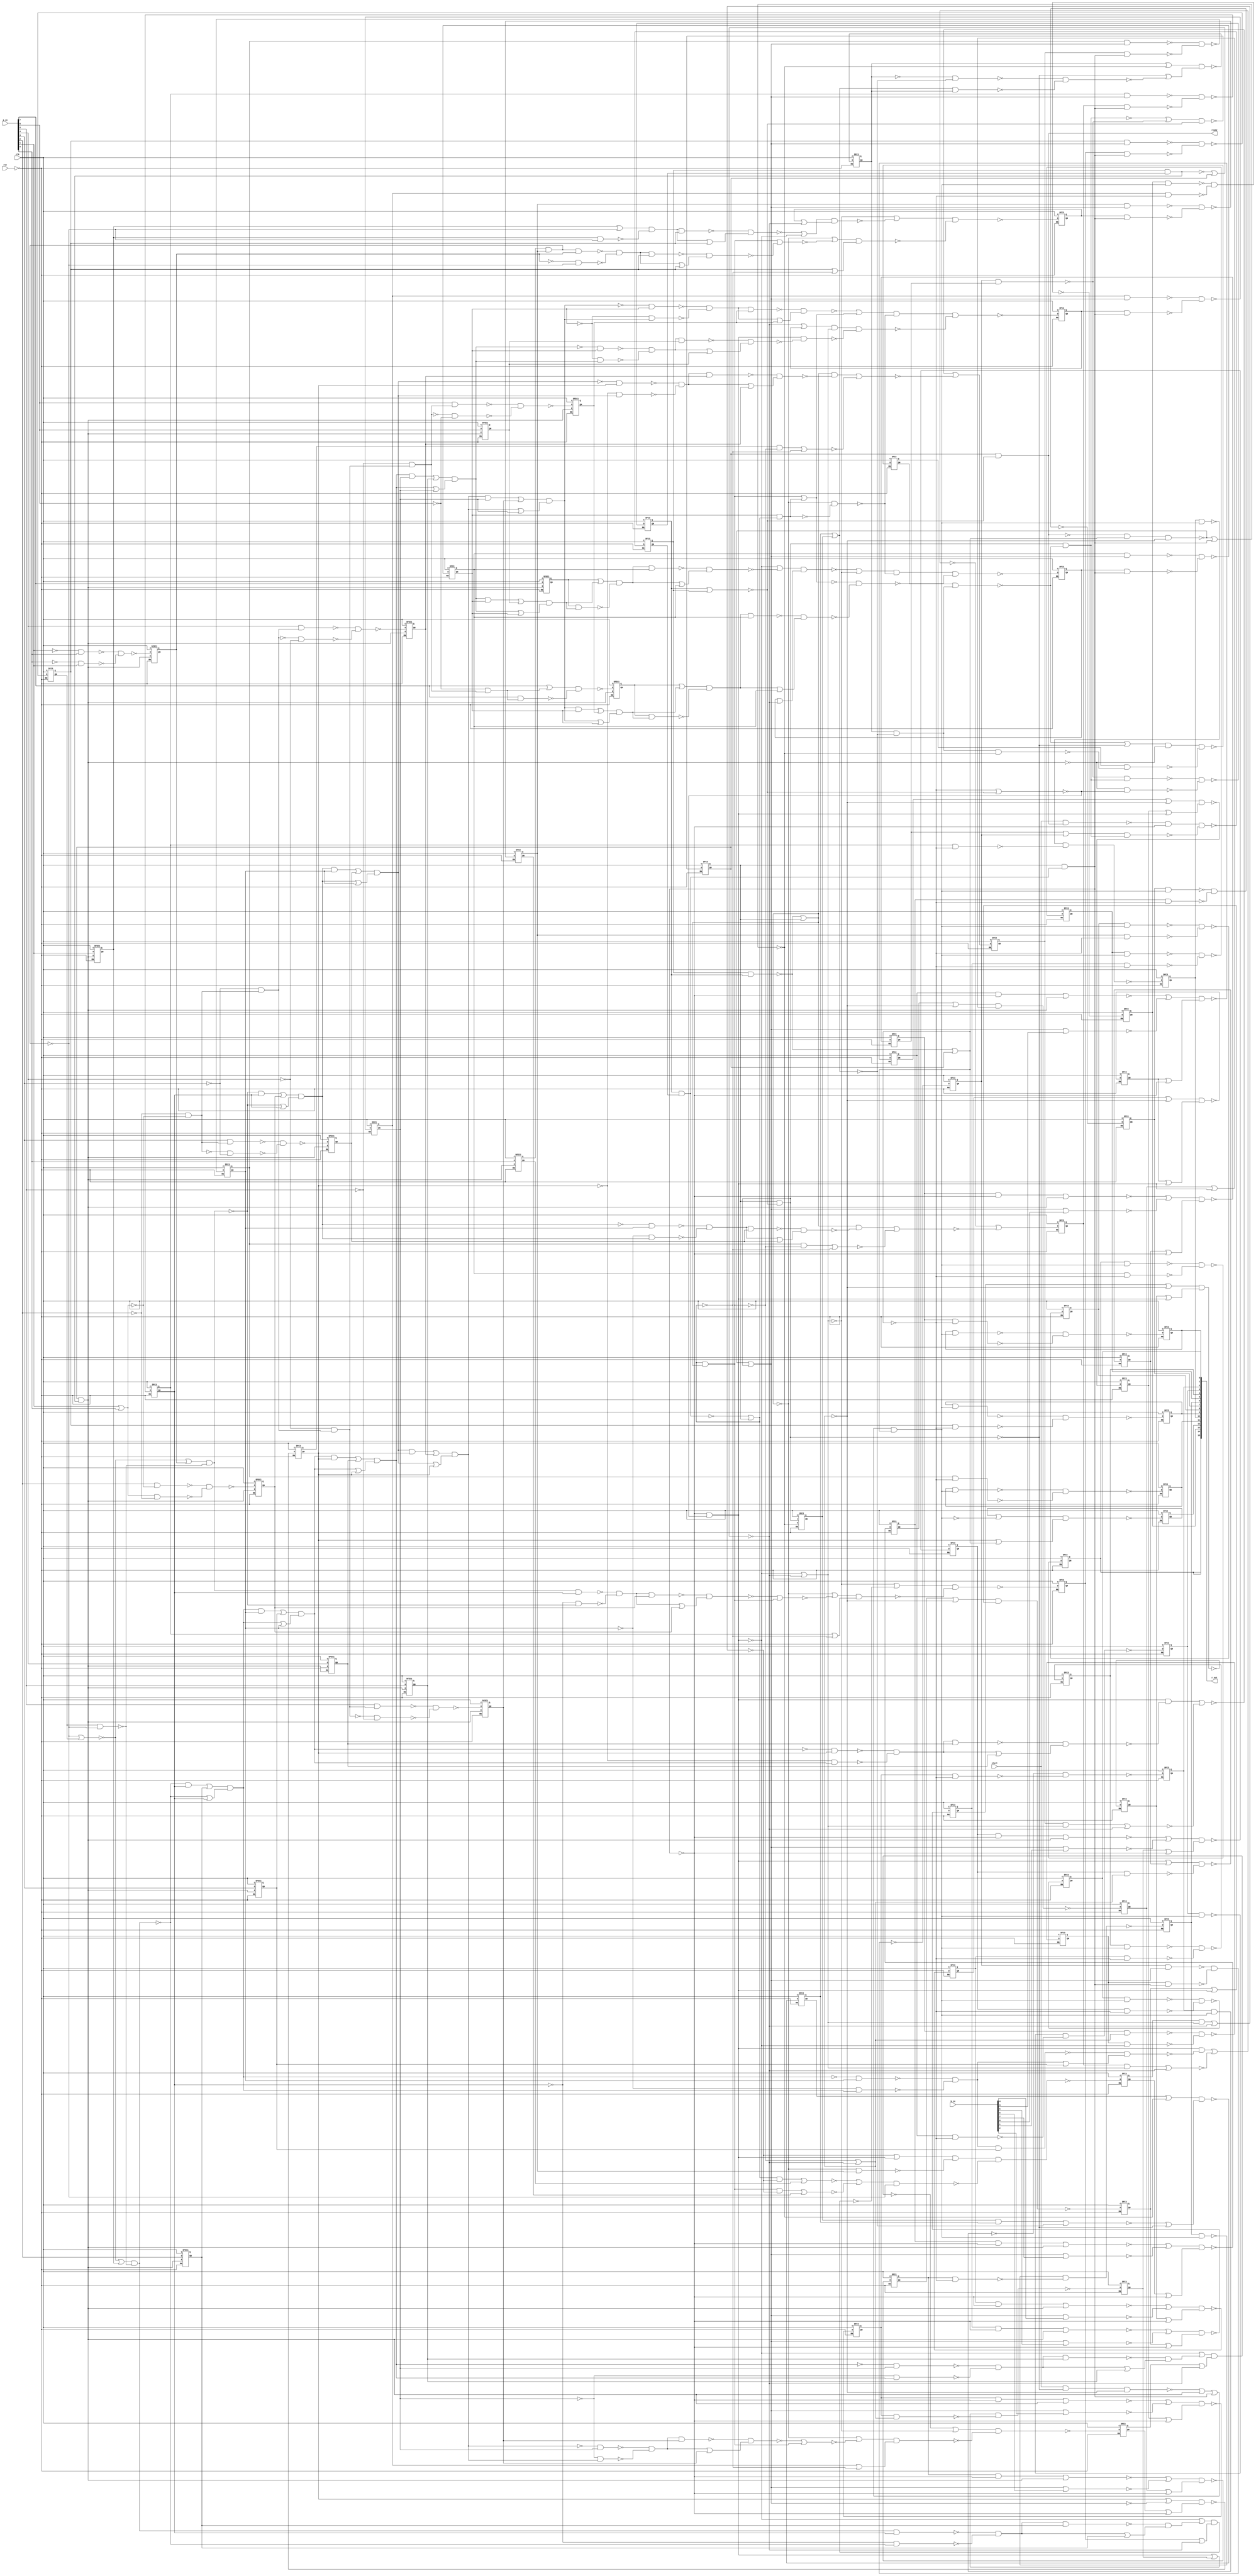

// Generated by Cadence Genus(TM) Synthesis Solution 19.11-s087_1
// Generated on: Jun  1 2021 16:31:47 CEST (Jun  1 2021 14:31:47 UTC)

// Verification Directory fv/booth_multiply 

module booth_multiply(clk, rst, a_in, b_in, r_out, start, ready);
  input clk, rst, start;
  input [7:0] a_in, b_in;
  output [15:0] r_out;
  output ready;
  wire clk, rst, start;
  wire [7:0] a_in, b_in;
  wire [15:0] r_out;
  wire ready;
  wire [16:0] temp_reg;
  wire [16:0] P_reg;
  wire [16:0] A_reg;
  wire [16:0] S_reg;
  wire [3:0] i_reg;
  wire [2:0] state_reg;
  wire UNCONNECTED, UNCONNECTED0, UNCONNECTED1, UNCONNECTED2,
       UNCONNECTED3, UNCONNECTED4, UNCONNECTED5, UNCONNECTED6;
  wire UNCONNECTED7, UNCONNECTED8, UNCONNECTED9, UNCONNECTED10,
       UNCONNECTED11, UNCONNECTED12, UNCONNECTED13, UNCONNECTED14;
  wire UNCONNECTED15, UNCONNECTED16, UNCONNECTED17, UNCONNECTED18,
       UNCONNECTED19, UNCONNECTED20, UNCONNECTED21, UNCONNECTED22;
  wire UNCONNECTED23, UNCONNECTED24, UNCONNECTED25, UNCONNECTED26,
       UNCONNECTED27, UNCONNECTED28, UNCONNECTED29, UNCONNECTED30;
  wire UNCONNECTED31, UNCONNECTED32, UNCONNECTED33, UNCONNECTED34,
       UNCONNECTED35, UNCONNECTED36, UNCONNECTED37, UNCONNECTED38;
  wire UNCONNECTED39, n_0, n_1, n_2, n_3, n_4, n_5, n_6;
  wire n_7, n_8, n_9, n_10, n_11, n_12, n_13, n_14;
  wire n_15, n_16, n_17, n_18, n_19, n_20, n_21, n_22;
  wire n_23, n_24, n_25, n_26, n_27, n_28, n_29, n_30;
  wire n_31, n_32, n_33, n_34, n_35, n_36, n_37, n_38;
  wire n_39, n_40, n_41, n_42, n_44, n_45, n_46, n_47;
  wire n_49, n_50, n_51, n_52, n_53, n_54, n_55, n_56;
  wire n_57, n_58, n_59, n_60, n_61, n_62, n_63, n_64;
  wire n_65, n_66, n_67, n_68, n_69, n_70, n_71, n_72;
  wire n_73, n_74, n_75, n_76, n_77, n_78, n_79, n_80;
  wire n_81, n_82, n_83, n_84, n_85, n_86, n_87, n_88;
  wire n_89, n_90, n_91, n_92, n_93, n_94, n_95, n_96;
  wire n_97, n_98, n_99, n_100, n_101, n_102, n_103, n_104;
  wire n_105, n_106, n_107, n_108, n_109, n_110, n_111, n_112;
  wire n_113, n_114, n_115, n_116, n_117, n_118, n_119, n_120;
  wire n_121, n_122, n_123, n_124, n_125, n_126, n_127, n_128;
  wire n_129, n_130, n_131, n_132, n_133, n_134, n_135, n_136;
  wire n_137, n_138, n_139, n_140, n_141, n_142, n_143, n_144;
  wire n_145, n_146, n_147, n_148, n_149, n_150, n_151, n_152;
  wire n_153, n_154, n_155, n_156, n_157, n_158, n_159, n_160;
  wire n_161, n_162, n_163, n_164, n_165, n_166, n_167, n_168;
  wire n_169, n_170, n_171, n_172, n_173, n_174, n_175, n_176;
  wire n_177, n_178, n_179, n_180, n_181, n_182, n_183, n_184;
  wire n_185, n_186, n_187, n_188, n_189, n_190, n_191, n_192;
  wire n_193, n_194, n_195, n_196, n_197, n_198, n_199, n_200;
  wire n_201, n_202, n_203, n_204, n_205, n_206, n_207, n_208;
  wire n_209, n_210, n_211, n_212, n_213, n_214, n_215, n_216;
  wire n_217, n_218, n_219, n_220, n_221, n_222, n_223, n_224;
  wire n_225, n_226, n_227, n_228, n_229, n_230, n_231, n_232;
  wire n_233, n_234, n_235, n_236, n_237, n_238, n_239, n_240;
  wire n_241, n_242, n_243, n_244, n_245, n_246, n_247, n_248;
  wire n_249, n_250, n_251, n_252, n_253, n_273;
  assign r_out[14] = r_out[15];
  DFC3 \temp_reg_reg[16] (.RN (n_252), .C (clk), .D (n_253), .Q
       (temp_reg[16]), .QN (UNCONNECTED));
  wire w;
  nand g8135 (n_253, w, n_249, n_248);
  or g (w, n_251, n_241);
  DFC3 \temp_reg_reg[15] (.RN (n_252), .C (clk), .D (n_250), .Q
       (temp_reg[15]), .QN (UNCONNECTED0));
  wire w0, w1;
  nand g8139 (n_251, w0, w1);
  or g1 (w1, temp_reg[16], n_246);
  or g0 (w0, n_233, n_245);
  wire w2;
  nand g8137 (n_250, w2, n_249, n_247);
  or g3 (w2, n_240, n_76);
  nand g8140 (n_248, n_75, n_244);
  wire w3;
  nand g8141 (n_247, w3, n_98, n_243);
  or g4 (w3, n_246, temp_reg[15]);
  wire w4, w5, w6, w7, w8, w9, w10;
  nand g8144 (n_245, w6, w10);
  or g11 (w10, w9, P_reg[15]);
  and g10 (w9, w7, w8);
  nand g9 (w8, A_reg[16], n_237);
  or g8 (w7, A_reg[16], n_237);
  nand g7 (w6, w4, w5, P_reg[15]);
  nand g6 (w5, A_reg[16], n_237);
  or g5 (w4, A_reg[16], n_237);
  wire w11, w12, w13, w14, w15, w16, w17;
  nand g8145 (n_244, w13, w17);
  or g18 (w17, w16, P_reg[15]);
  and g17 (w16, w14, w15);
  nand g16 (w15, S_reg[16], n_239);
  or g15 (w14, S_reg[16], n_239);
  nand g14 (w13, w11, w12, P_reg[15]);
  nand g13 (w12, S_reg[16], n_239);
  or g12 (w11, S_reg[16], n_239);
  DFC3 \temp_reg_reg[14] (.RN (n_252), .C (clk), .D (n_242), .Q
       (temp_reg[14]), .QN (n_11));
  nand g8146 (n_243, n_223, n_238);
  wire w18;
  nand g8147 (n_242, w18, n_235);
  or g19 (w18, n_234, n_241);
  wire w19, w20, w21, w22, w23, w24, w25, w26;
  wire w27, w28, w29, w30, w31, w32;
  nand g34 (n_240, w26, w32);
  or g33 (w32, w31, n_1);
  and g32 (w31, w28, w30);
  nand g31 (w30, w29, n_227);
  not g30 (w29, n_236);
  nand g29 (w28, w27, n_236);
  not g28 (w27, n_227);
  nand g27 (w26, w23, w25, n_1);
  nand g26 (w25, w24, n_227);
  not g25 (w24, n_236);
  nand g24 (w23, w22, n_236);
  not g23 (w22, n_227);
  and g8149 (n_239, w20, w21);
  or g22 (w21, n_227, n_236);
  or g21 (w20, w19, n_1);
  and g20 (w19, n_227, n_236);
  wire w33, w34, w35, w36, w37, w38, w39, w40;
  wire w41, w42, w43, w44, w45, w46;
  nand g49 (n_238, w40, w46);
  or g48 (w46, w45, A_reg[15]);
  and g47 (w45, w42, w44);
  nand g46 (w44, w43, n_229);
  not g45 (w43, n_236);
  nand g44 (w42, w41, n_236);
  not g43 (w41, n_229);
  nand g42 (w40, w37, w39, A_reg[15]);
  nand g41 (w39, w38, n_229);
  not g40 (w38, n_236);
  nand g39 (w37, w36, n_236);
  not g38 (w36, n_229);
  and g8150 (n_237, w34, w35);
  or g37 (w35, n_229, n_236);
  or g36 (w34, w33, A_reg[15]);
  and g35 (w33, n_229, n_236);
  wire w47, w48;
  nand g8151 (n_235, w47, w48);
  or g51 (w48, n_162, n_150);
  or g50 (w47, n_151, n_232);
  wire w49, w50;
  nand g8154 (n_234, w49, w50);
  or g53 (w50, temp_reg[14], n_246);
  or g52 (w49, n_233, n_231);
  nor g8156 (n_232, n_228, n_130);
  DFC3 \temp_reg_reg[13] (.RN (n_252), .C (clk), .D (n_226), .Q
       (temp_reg[13]), .QN (UNCONNECTED1));
  not g8157 (n_231, n_230);
  wire w51, w52, w53, w54, w55, w56, w57, w58;
  wire w59, w60, w61, w62, w63, w64;
  nand g68 (n_230, w58, w64);
  or g67 (w64, w63, A_reg[14]);
  and g66 (w63, w60, w62);
  nand g65 (w62, w61, n_218);
  not g64 (w61, P_reg[14]);
  nand g63 (w60, w59, P_reg[14]);
  not g62 (w59, n_218);
  nand g61 (w58, w55, w57, A_reg[14]);
  nand g60 (w57, w56, n_218);
  not g59 (w56, P_reg[14]);
  nand g58 (w55, w54, P_reg[14]);
  not g57 (w54, n_218);
  and g8158 (n_229, w52, w53);
  or g56 (w53, n_218, P_reg[14]);
  or g55 (w52, w51, A_reg[14]);
  and g54 (w51, n_218, P_reg[14]);
  wire w65, w66, w67, w68, w69, w70, w71, w72;
  wire w73, w74, w75, w76, w77, w78;
  nand g83 (n_228, w72, w78);
  or g82 (w78, w77, n_2);
  and g81 (w77, w74, w76);
  nand g80 (w76, w75, n_220);
  not g79 (w75, P_reg[14]);
  nand g78 (w74, w73, P_reg[14]);
  not g77 (w73, n_220);
  nand g76 (w72, w69, w71, n_2);
  nand g75 (w71, w70, n_220);
  not g74 (w70, P_reg[14]);
  nand g73 (w69, w68, P_reg[14]);
  not g72 (w68, n_220);
  and g8159 (n_227, w66, w67);
  or g71 (w67, n_220, P_reg[14]);
  or g70 (w66, w65, n_2);
  and g69 (w65, n_220, P_reg[14]);
  not g8160 (n_226, n_225);
  nor g8161 (n_225, n_224, n_222);
  DFEC1 \S_reg_reg[16] (.RN (n_252), .C (clk), .D (n_215), .E (n_217),
       .Q (S_reg[16]), .QN (UNCONNECTED2));
  wire w79;
  nor g8164 (n_224, w79, n_99);
  and g84 (w79, n_223, n_219);
  wire w80;
  nor g8165 (n_222, w80, n_71);
  and g85 (w80, n_212, n_221);
  DFC3 \temp_reg_reg[12] (.RN (n_252), .C (clk), .D (n_216), .Q
       (temp_reg[12]), .QN (UNCONNECTED3));
  wire w81, w82, w83, w84, w85, w86, w87, w88;
  wire w89, w90, w91, w92, w93, w94;
  nand g100 (n_221, w88, w94);
  or g99 (w94, w93, n_21);
  and g98 (w93, w90, w92);
  nand g97 (w92, w91, n_190);
  not g96 (w91, P_reg[13]);
  nand g95 (w90, w89, P_reg[13]);
  not g94 (w89, n_190);
  nand g93 (w88, w85, w87, n_21);
  nand g92 (w87, w86, n_190);
  not g91 (w86, P_reg[13]);
  nand g90 (w85, w84, P_reg[13]);
  not g89 (w84, n_190);
  and g8170 (n_220, w82, w83);
  or g88 (w83, n_190, P_reg[13]);
  or g87 (w82, w81, n_21);
  and g86 (w81, n_190, P_reg[13]);
  wire w95, w96, w97, w98, w99, w100, w101, w102;
  wire w103, w104, w105, w106, w107, w108;
  nand g115 (n_219, w102, w108);
  or g114 (w108, w107, A_reg[13]);
  and g113 (w107, w104, w106);
  nand g112 (w106, w105, n_188);
  not g111 (w105, P_reg[13]);
  nand g110 (w104, w103, P_reg[13]);
  not g109 (w103, n_188);
  nand g108 (w102, w99, w101, A_reg[13]);
  nand g107 (w101, w100, n_188);
  not g106 (w100, P_reg[13]);
  nand g105 (w99, w98, P_reg[13]);
  not g104 (w98, n_188);
  and g8169 (n_218, w96, w97);
  or g103 (w97, n_188, P_reg[13]);
  or g102 (w96, w95, A_reg[13]);
  and g101 (w95, n_188, P_reg[13]);
  DFEC1 \S_reg_reg[15] (.RN (n_252), .C (clk), .D (n_209), .E (n_217),
       .Q (S_reg[15]), .QN (n_1));
  not g8168 (n_216, n_214);
  wire w109, w110;
  nand g8148 (n_215, w109, w110);
  nand g117 (w110, a_in[7], n_208);
  or g116 (w109, a_in[7], n_208);
  nor g8171 (n_214, n_210, n_213);
  DFC3 \temp_reg_reg[9] (.RN (n_252), .C (clk), .D (n_211), .Q
       (temp_reg[9]), .QN (n_8));
  DFC3 \r_reg_reg[1] (.RN (n_252), .C (clk), .D (n_203), .Q (r_out[1]),
       .QN (UNCONNECTED4));
  DFC3 \temp_reg_reg[11] (.RN (n_252), .C (clk), .D (n_206), .Q
       (temp_reg[11]), .QN (UNCONNECTED5));
  DFC3 \r_reg_reg[2] (.RN (n_252), .C (clk), .D (n_207), .Q (r_out[2]),
       .QN (UNCONNECTED6));
  DFC3 \r_reg_reg[3] (.RN (n_252), .C (clk), .D (n_196), .Q (r_out[3]),
       .QN (UNCONNECTED7));
  DFC3 \r_reg_reg[4] (.RN (n_252), .C (clk), .D (n_192), .Q (r_out[4]),
       .QN (UNCONNECTED8));
  DFC3 \r_reg_reg[6] (.RN (n_252), .C (clk), .D (n_198), .Q (r_out[6]),
       .QN (UNCONNECTED9));
  DFC3 \r_reg_reg[7] (.RN (n_252), .C (clk), .D (n_197), .Q (r_out[7]),
       .QN (UNCONNECTED10));
  DFC3 \r_reg_reg[8] (.RN (n_252), .C (clk), .D (n_202), .Q (r_out[8]),
       .QN (UNCONNECTED11));
  DFC3 \i_reg_reg[3] (.RN (n_252), .C (clk), .D (n_205), .Q (i_reg[3]),
       .QN (n_6));
  wire w111;
  nor g8178 (n_213, w111, n_74);
  and g118 (w111, n_212, n_191);
  wire w112;
  nand g8172 (n_211, w112, n_273, n_170);
  or g119 (w112, n_131, n_223);
  wire w113;
  nor g8177 (n_210, w113, n_94);
  and g120 (w113, n_223, n_189);
  DFC3 \r_reg_reg[0] (.RN (n_252), .C (clk), .D (n_204), .Q (r_out[0]),
       .QN (UNCONNECTED12));
  DFC3 \r_reg_reg[10] (.RN (n_252), .C (clk), .D (n_194), .Q
       (r_out[10]), .QN (UNCONNECTED13));
  DFC3 \r_reg_reg[13] (.RN (n_252), .C (clk), .D (n_200), .Q
       (r_out[13]), .QN (UNCONNECTED14));
  DFC3 \r_reg_reg[11] (.RN (n_252), .C (clk), .D (n_193), .Q
       (r_out[11]), .QN (UNCONNECTED15));
  DFC3 \r_reg_reg[5] (.RN (n_252), .C (clk), .D (n_199), .Q (r_out[5]),
       .QN (UNCONNECTED16));
  DFC3 \r_reg_reg[9] (.RN (n_252), .C (clk), .D (n_195), .Q (r_out[9]),
       .QN (UNCONNECTED17));
  DFC3 \r_reg_reg[15] (.RN (n_252), .C (clk), .D (n_201), .Q
       (r_out[15]), .QN (UNCONNECTED18));
  wire w114, w115, w116, w117;
  nand g125 (n_209, w115, w117);
  nand g124 (w117, w116, n_4);
  not g123 (w116, n_147);
  nand g122 (w115, w114, n_147);
  not g121 (w114, n_4);
  and g8152 (n_208, n_4, n_147);
  DFEC1 \S_reg_reg[14] (.RN (n_252), .C (clk), .D (n_148), .E (n_217),
       .Q (S_reg[14]), .QN (n_2));
  DFC3 \P_reg_reg[5] (.RN (n_252), .C (clk), .D (n_176), .Q (P_reg[5]),
       .QN (n_23));
  DFC3 \P_reg_reg[8] (.RN (n_252), .C (clk), .D (n_166), .Q (P_reg[8]),
       .QN (n_20));
  DFC3 \P_reg_reg[2] (.RN (n_252), .C (clk), .D (n_171), .Q (P_reg[2]),
       .QN (UNCONNECTED19));
  DFC3 \P_reg_reg[4] (.RN (n_252), .C (clk), .D (n_177), .Q (P_reg[4]),
       .QN (n_10));
  DFC3 \P_reg_reg[3] (.RN (n_252), .C (clk), .D (n_169), .Q (P_reg[3]),
       .QN (UNCONNECTED20));
  DFC3 \P_reg_reg[7] (.RN (n_252), .C (clk), .D (n_173), .Q (P_reg[7]),
       .QN (n_14));
  DFC3 \P_reg_reg[6] (.RN (n_252), .C (clk), .D (n_174), .Q (P_reg[6]),
       .QN (n_13));
  DFC3 \P_reg_reg[1] (.RN (n_252), .C (clk), .D (n_165), .Q (P_reg[1]),
       .QN (n_27));
  not g8209 (n_207, n_168);
  wire w118;
  nand g8195 (n_206, w118, n_152);
  or g126 (w118, n_241, n_136);
  wire w119;
  nand g8194 (n_205, w119, n_96, n_145);
  or g127 (w119, n_66, n_133);
  not g8211 (n_204, n_172);
  not g8210 (n_203, n_167);
  DFC3 \P_reg_reg[14] (.RN (n_252), .C (clk), .D (n_149), .Q (n_162),
       .QN (P_reg[14]));
  DFC3 \P_reg_reg[0] (.RN (n_252), .C (clk), .D (n_154), .Q (P_reg[0]),
       .QN (UNCONNECTED21));
  DFC3 \P_reg_reg[12] (.RN (n_252), .C (clk), .D (n_156), .Q
       (P_reg[12]), .QN (n_187));
  DFC3 \P_reg_reg[11] (.RN (n_252), .C (clk), .D (n_153), .Q
       (P_reg[11]), .QN (n_100));
  DFC3 \P_reg_reg[15] (.RN (n_252), .C (clk), .D (n_155), .Q
       (P_reg[15]), .QN (n_236));
  DFC3 \P_reg_reg[9] (.RN (n_252), .C (clk), .D (n_157), .Q (P_reg[9]),
       .QN (n_7));
  DFC3 \P_reg_reg[10] (.RN (n_252), .C (clk), .D (n_159), .Q
       (P_reg[10]), .QN (n_36));
  not g8237 (n_202, n_185);
  not g8242 (n_201, n_178);
  not g8233 (n_200, n_163);
  not g8234 (n_199, n_161);
  not g8235 (n_198, n_160);
  not g8236 (n_197, n_179);
  not g8212 (n_196, n_164);
  not g8238 (n_195, n_182);
  not g8239 (n_194, n_181);
  not g8240 (n_193, n_180);
  not g8241 (n_192, n_186);
  DFC3 \r_reg_reg[12] (.RN (n_252), .C (clk), .D (n_158), .Q
       (r_out[12]), .QN (n_12));
  wire w120, w121, w122, w123, w124, w125, w126, w127;
  wire w128, w129, w130, w131, w132, w133;
  nand g142 (n_191, w127, w133);
  or g141 (w133, w132, n_5);
  and g140 (w132, w129, w131);
  nand g139 (w131, w130, n_101);
  not g138 (w130, n_187);
  nand g137 (w129, w128, n_187);
  not g136 (w128, n_101);
  nand g135 (w127, w124, w126, n_5);
  nand g134 (w126, w125, n_101);
  not g133 (w125, n_187);
  nand g132 (w124, w123, n_187);
  not g131 (w123, n_101);
  and g8213 (n_190, w121, w122);
  or g130 (w122, n_101, n_187);
  or g129 (w121, w120, n_5);
  and g128 (w120, n_101, n_187);
  wire w134, w135, w136, w137, w138, w139, w140, w141;
  wire w142, w143, w144, w145, w146, w147;
  nand g157 (n_189, w141, w147);
  or g156 (w147, w146, A_reg[12]);
  and g155 (w146, w143, w145);
  nand g154 (w145, w144, n_103);
  not g153 (w144, n_187);
  nand g152 (w143, w142, n_187);
  not g151 (w142, n_103);
  nand g150 (w141, w138, w140, A_reg[12]);
  nand g149 (w140, w139, n_103);
  not g148 (w139, n_187);
  nand g147 (w138, w137, n_187);
  not g146 (w137, n_103);
  and g8214 (n_188, w135, w136);
  or g145 (w136, n_103, n_187);
  or g144 (w135, w134, A_reg[12]);
  and g143 (w134, n_103, n_187);
  wire w148, w149;
  and g8253 (n_186, w148, w149);
  nand g159 (w149, P_reg[5], n_183);
  nand g158 (w148, r_out[4], n_184);
  wire w150, w151;
  and g8248 (n_185, w150, w151);
  nand g161 (w151, P_reg[9], n_183);
  nand g160 (w150, r_out[8], n_184);
  wire w152, w153;
  and g8249 (n_182, w152, w153);
  nand g163 (w153, P_reg[10], n_183);
  nand g162 (w152, r_out[9], n_184);
  wire w154, w155;
  and g8250 (n_181, w154, w155);
  nand g165 (w155, P_reg[11], n_183);
  nand g164 (w154, r_out[10], n_184);
  wire w156, w157;
  and g8251 (n_180, w156, w157);
  nand g167 (w157, P_reg[12], n_183);
  nand g166 (w156, r_out[11], n_184);
  wire w158, w159;
  and g8247 (n_179, w158, w159);
  nand g169 (w159, P_reg[8], n_183);
  nand g168 (w158, r_out[7], n_184);
  wire w160, w161;
  and g8254 (n_178, w160, w161);
  nand g171 (w161, P_reg[15], n_183);
  nand g170 (w160, r_out[15], n_184);
  wire w162, w163;
  nand g8256 (n_177, w162, w163);
  or g173 (w163, temp_reg[5], n_175);
  or g172 (w162, n_60, n_125);
  wire w164, w165;
  nand g8257 (n_176, w164, w165);
  or g175 (w165, temp_reg[6], n_175);
  or g174 (w164, n_65, n_126);
  wire w166, w167;
  nand g8258 (n_174, w166, w167);
  or g177 (w167, temp_reg[7], n_175);
  or g176 (w166, n_61, n_124);
  wire w168, w169;
  nand g8259 (n_173, w168, w169);
  or g179 (w169, temp_reg[8], n_175);
  or g178 (w168, n_62, n_123);
  wire w170, w171;
  and g8218 (n_172, w170, w171);
  nand g181 (w171, P_reg[1], n_183);
  nand g180 (w170, r_out[0], n_184);
  wire w172, w173;
  nand g8261 (n_171, w172, w173);
  or g183 (w173, temp_reg[3], n_175);
  or g182 (w172, n_59, n_120);
  wire w174;
  nand g8197 (n_170, w174, n_49);
  or g184 (w174, n_129, n_132);
  wire w175, w176;
  nand g8262 (n_169, w175, w176);
  or g186 (w176, temp_reg[4], n_175);
  or g185 (w175, n_58, n_119);
  wire w177, w178;
  and g8216 (n_168, w177, w178);
  nand g188 (w178, P_reg[3], n_183);
  nand g187 (w177, r_out[2], n_184);
  wire w179, w180;
  and g8217 (n_167, w179, w180);
  nand g190 (w180, P_reg[2], n_183);
  nand g189 (w179, r_out[1], n_184);
  wire w181, w182;
  nand g8260 (n_166, w181, w182);
  or g192 (w182, n_8, n_175);
  or g191 (w181, n_57, n_122);
  wire w183, w184;
  nand g8219 (n_165, w183, w184);
  or g194 (w184, temp_reg[2], n_175);
  or g193 (w183, n_56, n_121);
  wire w185, w186;
  and g8221 (n_164, w185, w186);
  nand g196 (w186, P_reg[4], n_183);
  nand g195 (w185, r_out[3], n_184);
  wire w187, w188;
  and g8244 (n_163, w187, w188);
  nand g198 (w188, n_162, n_183);
  nand g197 (w187, r_out[13], n_184);
  wire w189, w190;
  and g8245 (n_161, w189, w190);
  nand g200 (w190, P_reg[6], n_183);
  nand g199 (w189, r_out[5], n_184);
  wire w191, w192;
  and g8246 (n_160, w191, w192);
  nand g202 (w192, P_reg[7], n_183);
  nand g201 (w191, r_out[6], n_184);
  not g8263 (n_159, n_146);
  wire w193, w194;
  nand g8252 (n_158, w193, w194);
  or g204 (w194, P_reg[13], n_114);
  or g203 (w193, n_12, n_118);
  DFC3 \i_reg_reg[2] (.RN (n_252), .C (clk), .D (n_128), .Q (i_reg[2]),
       .QN (n_41));
  not g8264 (n_157, n_144);
  not g8274 (n_156, n_141);
  DFC3 \i_reg_reg[1] (.RN (n_252), .C (clk), .D (n_135), .Q (i_reg[1]),
       .QN (n_9));
  not g8276 (n_155, n_139);
  not g8277 (n_154, n_138);
  not g8278 (n_153, n_137);
  wire w195, w196;
  nand g8215 (n_152, w195, w196);
  or g206 (w196, P_reg[11], n_150);
  or g205 (w195, n_151, n_117);
  not g8275 (n_149, n_140);
  DFC3 \P_reg_reg[13] (.RN (n_252), .C (clk), .D (n_127), .Q (n_15),
       .QN (P_reg[13]));
  wire w197, w198, w199, w200;
  nand g211 (n_148, w198, w200);
  nand g210 (w200, w199, n_0);
  not g209 (w199, n_105);
  nand g208 (w198, w197, n_105);
  not g207 (w197, n_0);
  and g8162 (n_147, n_0, n_105);
  wire w201, w202;
  and g8267 (n_146, w201, w202);
  nand g213 (w202, temp_reg[11], n_142);
  nand g212 (w201, P_reg[10], n_143);
  nand g8269 (n_145, i_reg[3], n_116);
  wire w203, w204;
  and g8270 (n_144, w203, w204);
  nand g215 (w204, temp_reg[10], n_142);
  nand g214 (w203, P_reg[9], n_143);
  DFEC1 \S_reg_reg[13] (.RN (n_252), .C (clk), .D (n_106), .E (n_217),
       .Q (S_reg[13]), .QN (n_21));
  wire w205, w206;
  and g8280 (n_141, w205, w206);
  nand g217 (w206, temp_reg[13], n_142);
  nand g216 (w205, P_reg[12], n_143);
  DFC3 \temp_reg_reg[10] (.RN (n_252), .C (clk), .D (n_115), .Q
       (temp_reg[10]), .QN (UNCONNECTED22));
  wire w207, w208;
  and g8282 (n_140, w207, w208);
  nand g219 (w208, temp_reg[15], n_142);
  nand g218 (w207, n_162, n_143);
  wire w209, w210;
  and g8283 (n_139, w209, w210);
  nand g221 (w210, temp_reg[16], n_142);
  nand g220 (w209, P_reg[15], n_143);
  wire w211, w212;
  and g8284 (n_138, w211, w212);
  nand g223 (w212, temp_reg[1], n_142);
  nand g222 (w211, P_reg[0], n_143);
  wire w213, w214;
  and g8287 (n_137, w213, w214);
  nand g225 (w214, temp_reg[12], n_142);
  nand g224 (w213, P_reg[11], n_143);
  wire w215, w216;
  nand g8279 (n_136, w215, w216);
  or g227 (w216, temp_reg[11], n_246);
  or g226 (w215, n_233, n_112);
  JKC3 \i_reg_reg[0] (.RN (n_252), .C (clk), .J (n_92), .K (n_134), .Q
       (i_reg[0]), .QN (UNCONNECTED23));
  wire w217, w218;
  nand g8286 (n_135, w217, w218);
  or g229 (w218, n_32, n_133);
  or g228 (w217, n_9, n_134);
  wire w219;
  nor g8271 (n_132, w219, n_7);
  and g230 (w219, n_130, n_131);
  wire w220;
  nor g8266 (n_129, w220, A_reg[9]);
  and g231 (w220, n_51, n_131);
  wire w221, w222;
  nand g8285 (n_128, w221, w222);
  or g233 (w222, n_133, n_42);
  or g232 (w221, n_41, n_134);
  wire w223, w224;
  nand g8281 (n_127, w223, w224);
  or g235 (w224, n_11, n_175);
  or g234 (w223, P_reg[13], n_107);
  DFC3 \temp_reg_reg[2] (.RN (n_252), .C (clk), .D (n_110), .Q
       (UNCONNECTED24), .QN (temp_reg[2]));
  DFC3 \temp_reg_reg[3] (.RN (n_252), .C (clk), .D (n_108), .Q
       (UNCONNECTED25), .QN (temp_reg[3]));
  DFC3 \temp_reg_reg[1] (.RN (n_252), .C (clk), .D (n_109), .Q
       (temp_reg[1]), .QN (UNCONNECTED26));
  DFC3 \state_reg_reg[0] (.RN (n_252), .C (clk), .D (n_113), .Q
       (state_reg[0]), .QN (n_3));
  nor g8288 (n_126, n_143, b_in[4]);
  nor g8289 (n_125, n_143, b_in[3]);
  nor g8290 (n_124, n_143, b_in[5]);
  nor g8291 (n_123, n_143, b_in[6]);
  nor g8292 (n_122, n_143, b_in[7]);
  nor g8293 (n_121, n_143, b_in[0]);
  nor g8299 (n_120, n_143, b_in[1]);
  nor g8297 (n_119, n_143, b_in[2]);
  DFC3 \state_reg_reg[2] (.RN (n_252), .C (clk), .D (n_111), .Q
       (state_reg[2]), .QN (n_16));
  not g8295 (n_184, n_118);
  nor g8296 (n_117, n_102, n_130);
  nand g8298 (n_116, n_46, n_134);
  wire w225;
  nand g8300 (n_115, w225, n_95);
  or g236 (w225, n_241, n_73);
  wire w226;
  nand g8302 (n_118, w226, n_114);
  or g237 (w226, n_77, n_217, n_142);
  nand g8196 (n_113, n_44, n_175, n_87);
  not g8303 (n_112, n_104);
  DFC3 \temp_reg_reg[4] (.RN (n_252), .C (clk), .D (n_90), .Q
       (UNCONNECTED27), .QN (temp_reg[4]));
  DFC3 \temp_reg_reg[5] (.RN (n_252), .C (clk), .D (n_85), .Q
       (UNCONNECTED28), .QN (temp_reg[5]));
  DFC3 \temp_reg_reg[7] (.RN (n_252), .C (clk), .D (n_82), .Q
       (UNCONNECTED29), .QN (temp_reg[7]));
  DFC3 \temp_reg_reg[8] (.RN (n_252), .C (clk), .D (n_83), .Q
       (UNCONNECTED30), .QN (temp_reg[8]));
  not g8243 (n_111, n_97);
  wire w227;
  nand g8327 (n_110, w227, n_78);
  or g238 (w227, n_223, temp_reg[2]);
  not g8322 (n_109, n_93);
  wire w228;
  nand g8326 (n_108, w228, n_80);
  or g239 (w228, n_223, temp_reg[3]);
  DFC3 \temp_reg_reg[6] (.RN (n_252), .C (clk), .D (n_81), .Q
       (UNCONNECTED31), .QN (temp_reg[6]));
  DFC3 \state_reg_reg[1] (.RN (n_252), .C (clk), .D (n_89), .Q
       (state_reg[1]), .QN (n_35));
  not g8313 (n_143, n_107);
  wire w229, w230, w231, w232;
  nand g244 (n_106, w230, w232);
  nand g243 (w232, w231, n_22);
  not g242 (w231, n_67);
  nand g241 (w230, w229, n_67);
  not g240 (w229, n_22);
  and g8173 (n_105, n_22, n_67);
  wire w233, w234, w235, w236, w237, w238, w239, w240;
  wire w241, w242, w243, w244, w245, w246;
  nand g259 (n_104, w240, w246);
  or g258 (w246, w245, A_reg[11]);
  and g257 (w245, w242, w244);
  nand g256 (w244, w243, n_54);
  not g255 (w243, n_100);
  nand g254 (w242, w241, n_100);
  not g253 (w241, n_54);
  nand g252 (w240, w237, w239, A_reg[11]);
  nand g251 (w239, w238, n_54);
  not g250 (w238, n_100);
  nand g249 (w237, w236, n_100);
  not g248 (w236, n_54);
  and g8305 (n_103, w234, w235);
  or g247 (w235, n_54, n_100);
  or g246 (w234, w233, A_reg[11]);
  and g245 (w233, n_54, n_100);
  wire w247, w248, w249, w250, w251, w252, w253, w254;
  wire w255, w256, w257, w258, w259, w260;
  nand g274 (n_102, w254, w260);
  or g273 (w260, w259, n_17);
  and g272 (w259, w256, w258);
  nand g271 (w258, w257, n_55);
  not g270 (w257, n_100);
  nand g269 (w256, w255, n_100);
  not g268 (w255, n_55);
  nand g267 (w254, w251, w253, n_17);
  nand g266 (w253, w252, n_55);
  not g265 (w252, n_100);
  nand g264 (w251, w250, n_100);
  not g263 (w250, n_55);
  and g8304 (n_101, w248, w249);
  or g262 (w249, n_55, n_100);
  or g261 (w248, w247, n_17);
  and g260 (w247, n_55, n_100);
  wire w261;
  nor g8314 (n_99, w261, n_246);
  and g275 (w261, temp_reg[13], n_98);
  DFEC1 \S_reg_reg[12] (.RN (n_252), .C (clk), .D (n_68), .E (n_217),
       .Q (S_reg[12]), .QN (n_5));
  wire w262, w263;
  and g8255 (n_97, w262, w263);
  nand g277 (w263, n_96, n_45);
  nand g276 (w262, n_88, n_86);
  wire w264, w265;
  nand g8315 (n_95, w264, w265);
  or g279 (w265, P_reg[10], n_150);
  or g278 (w264, n_151, n_72);
  wire w266;
  nor g8316 (n_94, w266, n_246);
  and g280 (w266, temp_reg[12], n_98);
  wire w267, w268;
  and g8325 (n_93, w267, w268);
  nand g282 (w268, temp_reg[1], n_233);
  nand g281 (w267, P_reg[1], n_79);
  nor g8321 (n_107, n_91, n_92);
  wire w269;
  nor g8319 (n_131, w269, n_246);
  and g283 (w269, temp_reg[9], n_98);
  nor g8320 (n_134, n_91, n_142);
  wire w270, w271;
  nand g8330 (n_90, w270, w271);
  or g285 (w271, temp_reg[4], n_223);
  or g284 (w270, n_10, n_84);
  wire w272;
  nand g8220 (n_89, w272, n_38);
  or g286 (w272, n_69, n_88);
  wire w273;
  nand g8268 (n_87, w273, n_86);
  or g287 (w273, n_27, P_reg[0]);
  wire w274, w275;
  nand g8331 (n_85, w274, w275);
  or g289 (w275, temp_reg[5], n_223);
  or g288 (w274, n_23, n_84);
  wire w276, w277;
  nand g8334 (n_83, w276, w277);
  or g291 (w277, temp_reg[8], n_223);
  or g290 (w276, n_20, n_84);
  wire w278, w279;
  nand g8333 (n_82, w278, w279);
  or g293 (w279, temp_reg[7], n_223);
  or g292 (w278, n_14, n_84);
  wire w280, w281;
  nand g8332 (n_81, w280, w281);
  or g295 (w281, temp_reg[6], n_223);
  or g294 (w280, n_13, n_84);
  nand g8345 (n_80, P_reg[3], n_79);
  nand g8347 (n_78, P_reg[2], n_79);
  nand g8328 (n_91, n_37, n_114, n_84);
  nand g8348 (n_77, start, n_133, n_84);
  not g8352 (n_76, n_75);
  DFEC1 \A_reg_reg[15] (.RN (n_252), .C (clk), .D (a_in[6]), .E
       (n_217), .Q (UNCONNECTED32), .QN (A_reg[15]));
  DFEC1 \A_reg_reg[16] (.RN (n_252), .C (clk), .D (a_in[7]), .E
       (n_217), .Q (A_reg[16]), .QN (UNCONNECTED33));
  DFEC1 \A_reg_reg[13] (.RN (n_252), .C (clk), .D (a_in[4]), .E
       (n_217), .Q (UNCONNECTED34), .QN (A_reg[13]));
  DFEC1 \A_reg_reg[14] (.RN (n_252), .C (clk), .D (a_in[5]), .E
       (n_217), .Q (UNCONNECTED35), .QN (A_reg[14]));
  DFEC1 \A_reg_reg[12] (.RN (n_252), .C (clk), .D (a_in[3]), .E
       (n_217), .Q (UNCONNECTED36), .QN (A_reg[12]));
  DFEC1 \S_reg_reg[11] (.RN (n_252), .C (clk), .D (n_40), .E (n_217),
       .Q (S_reg[11]), .QN (n_17));
  DFEC1 \A_reg_reg[10] (.RN (n_252), .C (clk), .D (a_in[1]), .E
       (n_217), .Q (A_reg[10]), .QN (UNCONNECTED37));
  DFEC1 \A_reg_reg[9] (.RN (n_252), .C (clk), .D (a_in[0]), .E (n_217),
       .Q (n_19), .QN (A_reg[9]));
  DFEC1 \S_reg_reg[10] (.RN (n_252), .C (clk), .D (n_26), .E (n_217),
       .Q (S_reg[10]), .QN (UNCONNECTED38));
  wire w282;
  nor g8344 (n_74, w282, n_150);
  and g296 (w282, P_reg[12], n_70);
  DFEC1 \A_reg_reg[11] (.RN (n_252), .C (clk), .D (a_in[2]), .E
       (n_217), .Q (UNCONNECTED39), .QN (A_reg[11]));
  wire w283, w284;
  nand g8335 (n_73, w283, w284);
  or g298 (w284, temp_reg[10], n_246);
  or g297 (w283, n_47, n_233);
  nor g8346 (n_72, n_130, n_50);
  wire w285;
  nor g8349 (n_71, w285, n_150);
  and g299 (w285, n_15, n_70);
  nor g8360 (n_75, n_130, n_64);
  not g8294 (n_86, n_69);
  not g8353 (n_79, n_84);
  not g8343 (n_98, n_241);
  wire w286, w287, w288, w289;
  nand g304 (n_68, w287, w289);
  nand g303 (w289, w288, n_18);
  not g302 (w288, n_39);
  nand g301 (w287, w286, n_39);
  not g300 (w286, n_18);
  and g8265 (n_67, n_18, n_39);
  nand g8301 (n_69, n_92, n_66);
  nor g8361 (n_84, n_70, n_246);
  nand g8359 (n_249, n_151, n_63);
  nor g8351 (n_241, n_233, n_246);
  wire w290;
  nor g8355 (n_65, w290, n_217);
  and g305 (w290, P_reg[5], n_175);
  not g8374 (n_64, n_63);
  wire w291;
  nor g8356 (n_62, w291, n_217);
  and g306 (w291, P_reg[7], n_175);
  not g8375 (n_130, n_70);
  not g8354 (n_223, n_233);
  wire w292;
  nor g8357 (n_61, w292, n_217);
  and g307 (w292, P_reg[6], n_175);
  wire w293;
  nor g8358 (n_60, w293, n_217);
  and g308 (w293, P_reg[4], n_175);
  wire w294;
  nor g8364 (n_59, w294, n_217);
  and g309 (w294, P_reg[2], n_175);
  wire w295;
  nor g8365 (n_58, w295, n_217);
  and g310 (w295, P_reg[3], n_175);
  wire w296;
  nor g8366 (n_57, w296, n_217);
  and g311 (w296, P_reg[8], n_175);
  wire w297;
  nor g8369 (n_56, w297, n_217);
  and g312 (w297, P_reg[1], n_175);
  wire w298;
  nand g8371 (n_55, w298, n_52);
  or g313 (w298, n_53, S_reg[10]);
  wire w299;
  nand g8370 (n_54, w299, n_52);
  or g314 (w299, n_53, A_reg[10]);
  nand g8376 (n_63, n_236, n_51);
  nand g8377 (n_70, n_51, n_212);
  wire w300, w301, w302, w303, w304, w305, w306, w307;
  wire w308, w309, w310;
  nand g8363 (n_50, w304, w310);
  or g325 (w310, w309, P_reg[10]);
  and g324 (w309, w306, w308);
  nand g323 (w308, w307, n_49);
  not g322 (w307, S_reg[10]);
  nand g321 (w306, w305, S_reg[10]);
  not g320 (w305, n_49);
  nand g319 (w304, w301, w303, P_reg[10]);
  nand g318 (w303, w302, n_49);
  not g317 (w302, S_reg[10]);
  nand g316 (w301, w300, S_reg[10]);
  not g315 (w300, n_49);
  wire w311, w312, w313, w314, w315, w316, w317;
  nand g8367 (n_47, w313, w317);
  or g332 (w317, w316, P_reg[10]);
  and g331 (w316, w314, w315);
  nand g330 (w315, A_reg[10], n_49);
  or g329 (w314, A_reg[10], n_49);
  nand g328 (w313, w311, w312, P_reg[10]);
  nand g327 (w312, A_reg[10], n_49);
  or g326 (w311, A_reg[10], n_49);
  nand g8318 (n_66, n_6, n_46);
  nand g8362 (n_233, n_175, n_45);
  nand g8372 (n_44, start, ready);
  not g8389 (n_142, n_175);
  not g8390 (n_217, n_96);
  wire w318, w319, w320, w321;
  nand g337 (n_42, w319, w321);
  nand g336 (w321, w320, n_41);
  not g335 (w320, n_31);
  nand g334 (w319, w318, n_31);
  not g333 (w318, n_41);
  and g8323 (n_46, n_41, n_31);
  wire w322, w323, w324, w325;
  nand g342 (n_40, w323, w325);
  nand g341 (w325, w324, n_24);
  not g340 (w324, n_25);
  nand g339 (w323, w322, n_25);
  not g338 (w322, n_24);
  and g8324 (n_39, n_24, n_25);
  nor g8373 (n_45, n_183, n_38);
  not g8388 (n_51, n_150);
  nand g8396 (n_96, n_35, n_34);
  nand g8395 (n_175, state_reg[1], n_30);
  not g8378 (ready, n_37);
  nand g8383 (n_52, n_36, n_49);
  not g8381 (n_114, n_183);
  not g8380 (n_212, n_151);
  nor g8382 (n_53, n_49, n_36);
  not g8379 (n_92, n_133);
  nor g8393 (n_150, n_29, state_reg[1]);
  nor g8394 (n_246, n_33, n_35);
  nand g8384 (n_37, n_35, n_38);
  nand g8385 (n_133, state_reg[1], n_38);
  nor g8386 (n_151, n_28, state_reg[1]);
  not g8401 (n_34, n_33);
  wire w326;
  nor g8391 (n_32, w326, n_31);
  and g343 (w326, i_reg[0], i_reg[1]);
  not g8402 (n_30, n_29);
  nor g8387 (n_183, n_28, n_35);
  nand g8404 (n_88, P_reg[0], n_27);
  nand g8400 (n_49, n_19, P_reg[9]);
  wire w327, w328, w329, w330;
  nand g8392 (n_26, w328, w330);
  nand g347 (w330, w329, a_in[1]);
  not g346 (w329, a_in[0]);
  nand g345 (w328, w327, a_in[0]);
  not g344 (w327, a_in[1]);
  nand g8403 (n_33, state_reg[0], n_16);
  nand g8405 (n_29, state_reg[2], n_3);
  nor g8406 (n_25, a_in[1], a_in[0]);
  nor g8398 (n_31, i_reg[1], i_reg[0]);
  nand g8397 (n_28, state_reg[0], state_reg[2]);
  nor g8399 (n_38, state_reg[2], state_reg[0]);
  not g8436 (n_24, a_in[2]);
  not g8413 (n_22, a_in[4]);
  not g8435 (n_18, a_in[3]);
  not g8434 (n_4, a_in[6]);
  not g8415 (n_0, a_in[5]);
  not g8440 (n_252, rst);
  nand g2 (n_273, n_151, P_reg[9]);
endmodule


module DFC3(C, D, RN, Q, QN);
  input C, D, RN;
  output Q, QN;
  wire C, D, RN;
  wire Q, QN;
  wire next_state;
  reg  qi;
  assign #1 Q = qi, QN = !qi;
  assign next_state = D;
  always 
    @(posedge C or negedge RN) 
      if (!RN) 
        qi <= 0;
      else qi <= next_state;
  initial 
    qi <= 1'b0;
endmodule

module DFEC1(C, D, E, RN, Q, QN);
  input C, D, E, RN;
  output Q, QN;
  wire C, D, E, RN;
  wire Q, QN;
  wire next_state, w331, w332, w333;
  reg  qi;
  assign #1 Q = qi, QN = !qi;
  not g348 (w331, E);
  nand g349 (w332, w331, qi);
  nand g350 (w333, D, E);
  nand g351 (next_state, w332, w333);
  always 
    @(posedge C or negedge RN) 
      if (!RN) 
        qi <= 0;
      else qi <= next_state;
  initial 
    qi <= 1'b0;
endmodule

module JKC3(C, J, K, RN, Q, QN);
  input C, J, K, RN;
  output Q, QN;
  wire C, J, K, RN;
  wire Q, QN;
  wire next_state, w334, w335, w336, w337;
  reg  qi;
  assign #1 Q = qi, QN = !qi;
  not g352 (w334, qi);
  nand g353 (w335, w334, J);
  not g354 (w336, K);
  nand g355 (w337, w336, qi);
  nand g356 (next_state, w335, w337);
  always 
    @(posedge C or negedge RN) 
      if (!RN) 
        qi <= 0;
      else qi <= next_state;
  initial 
    qi <= 1'b0;
endmodule